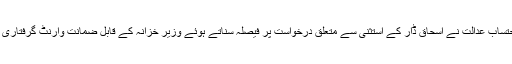
گزشتہ سماعت پر احتساب عدالت نے اسحاق ڈار کے استثنیٰ سے متعلق درخواست پر فیصلہ سناتے ہوئے وزیر خزانہ کے قابل ضمانت وارنٹ گرفتاری کو برقرار رکھا تھا۔